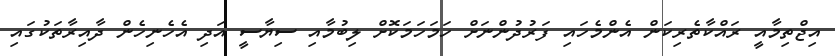
އިޖްތިމާއީ ރައްކާތެރިކަން އެންމެހައި ފަރުދުންނަށް ހަމަހަމަކޮށް ލިބުމާއި ސިޔާސީ އަދި އެހެނިހެން ދާއިރާތަކުގައި